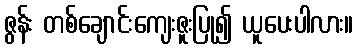
ဇွန်း တစ်ချောင်းကျေးဇူးပြု၍ ယူပေးပါလား။